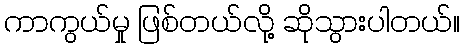
ကာကွယ်မှု ဖြစ်တယ်လို့ ဆိုသွားပါတယ်။